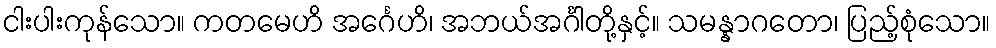
ငါးပါးကုန်သော။ ကတမေဟိ အင်္ဂေဟိ၊ အဘယ်အင်္ဂါတို့နှင့်။ သမန္နာဂတော၊ ပြည့်စုံသော။